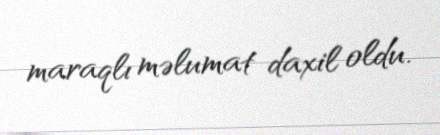
maraqlı məlumat daxil oldu.